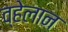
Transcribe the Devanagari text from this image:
व्हेलान